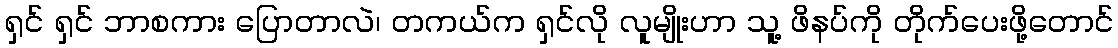
ရှင် ရှင် ဘာစကား ပြောတာလဲ၊ တကယ်က ရှင်လို လူမျိုးဟာ သူ့ ဖိနပ်ကို တိုက်ပေးဖို့တောင်